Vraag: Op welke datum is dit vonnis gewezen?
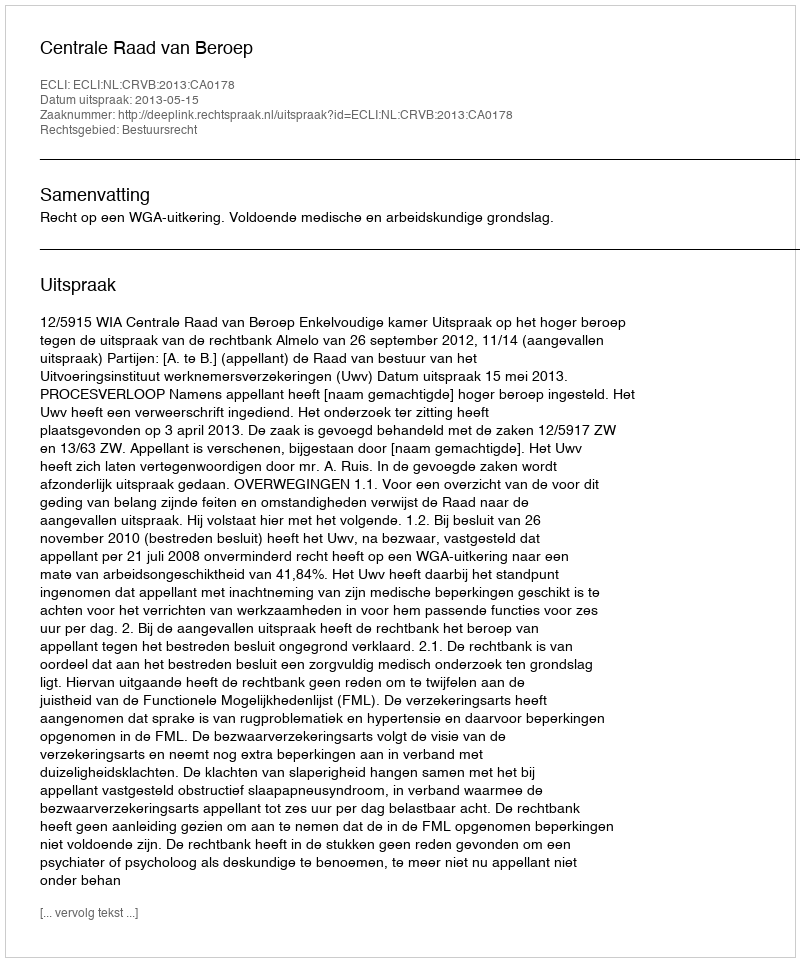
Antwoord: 2013-05-15